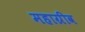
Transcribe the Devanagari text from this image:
महाग्रीव